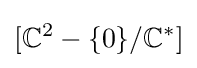
[\mathbb {C} ^{2}-\{0\}/\mathbb {C} ^{*}]